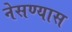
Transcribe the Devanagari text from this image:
नेसण्यास